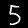
Label: 5